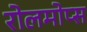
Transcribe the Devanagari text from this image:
रोलमोप्स